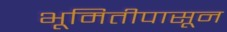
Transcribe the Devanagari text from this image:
भूमितीपासून